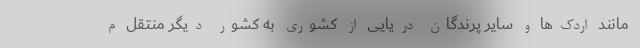
مانند اردک‌ها و سایر پرندگان دریایی از کشوری به کشور دیگر منتقل م